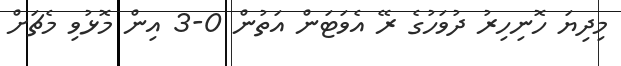
މިދިޔަ ހޮނިހިރު ދުވަހުގެ ރޭ އެވަޓަން އަތުން 0-3 އިން މޮޅުވި މެޗަށް